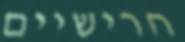
חרישיים